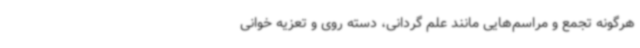
هرگونه تجمع و مراسم‌هایی مانند علم گردانی، دسته روی و تعزیه خوانی